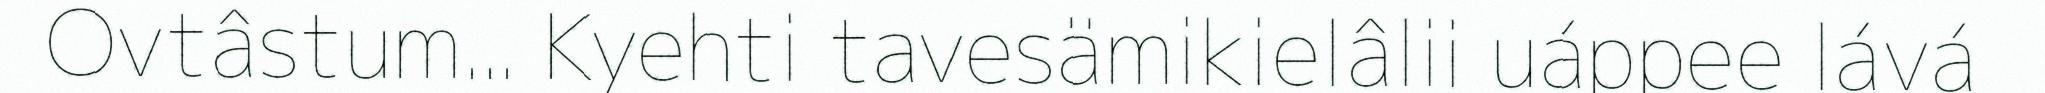
Ovtâstum... Kyehti tavesämikielâlii uáppee lává